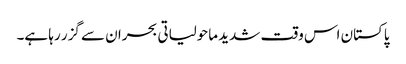
پاکستان اس وقت شدید ماحولیاتی بحران سے گزر رہا ہے۔